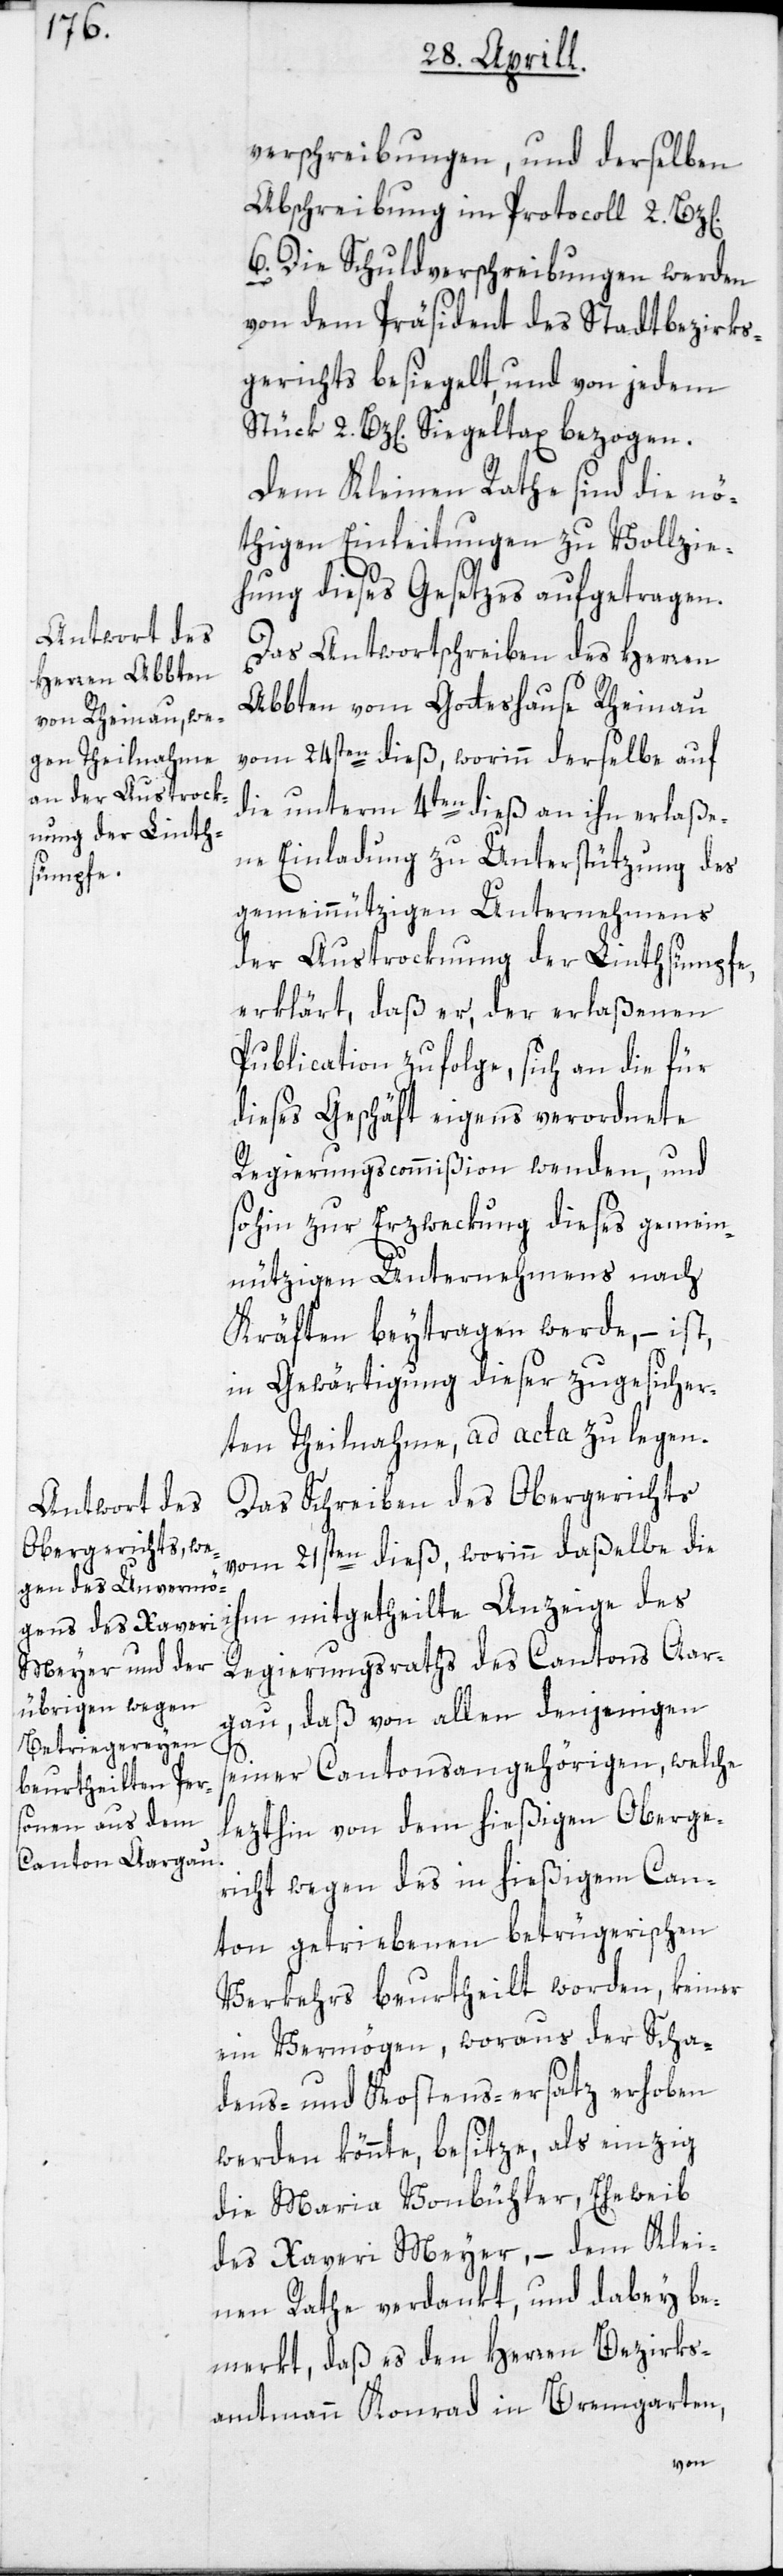
verschreibungen, und derselben
Abschreibung im Protocoll 2. Bz[en].
6. Die Schuldverschreibungen werden
von dem Präsident des Stadtbezirks¬
gerichts besiegelt, und von jedem
Stück 2. Bz[en]. Siegeltax bezogen.
Dem Kleinen Rathe sind die nö¬
thigen Einleitungen zu Vollzie¬
hung dieses Gesetzes aufgetragen.
Das Antwortschreiben des Herren
Abbten vom Gotteshause Rheinau
vom 24sten dieß, worinn derselbe auf
die unterm 4ten dieß an ihn erlaße¬
ne Einladung zu Unterstützung des
gemeinnützigen Unternehmens
der Austrocknung der Linthsümpfe,
erklärt, daß er, der erlaßenen
Publication zufolge, sich an die für
dieses Geschäft eigens verordnete
Regierungscommißion wenden, und
sohin zur Erzweckung dieses gemein¬
nützigen Unternehmens nach
Kräften beytragen werde, – ist,
in Gewärtigung dieser zugesicher¬
ten Theilnahme, ad acta zu legen.
Das Schreiben des Obergerichts
vom 21sten dieß, worinn daßelbe die
ihm mitgetheilte Anzeige des
Regierungsraths des Cantons Aar¬
gau, daß von allen denjenigen
seiner Cantonsangehörigen, welche
lezthin von dem hießigen Oberge¬
richt wegen des in hießigem Can¬
ton getriebenen betrügerischen
Verkehrs beurtheilt worden, keiner
ein Vermögen, woraus der Scha¬
dens- und Kostens-ersatz erhoben
werden könnte, besitze, als einzig
die Maria Vonbühler, Eheweib
des Xaveri Meyer, – dem Klei¬
nen Rathe verdankt, und dabey be¬
merkt, daß es den Herren Bezirks¬
amtmann Konrad in Bremgarten,